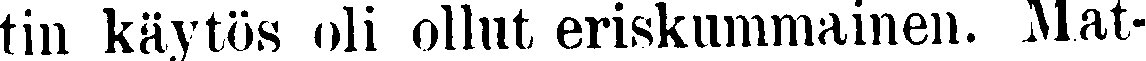
tin käytös oli ollut eriskummainen. Mat-